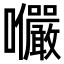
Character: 𭍍